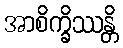
အာစိက္ခိဿန္တိ